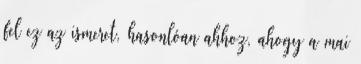
fel ez az ismeret, hasonlóan ahhoz, ahogy a mai